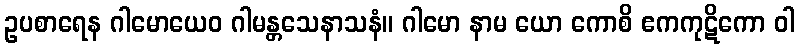
ဥပစာရေန ဂါမောယေဝ ဂါမန္တသေနာသနံ။ ဂါမော နာမ ယော ကောစိ ဧကကုဋိကော ဝါ